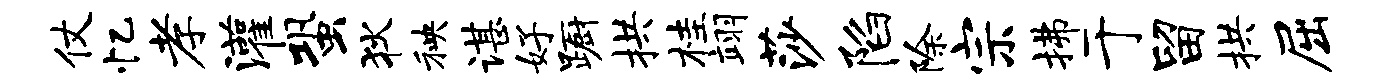
仗忆孝灌蛩狄秧谌好蹰拱桂翊莎陷除宗拂于留拱屈